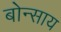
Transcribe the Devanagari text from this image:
बोन्साय